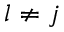
l \neq j